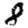
Digit: 8